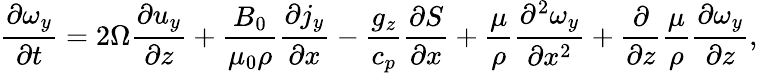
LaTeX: \frac{\partial\omega_{y}}{\partial t}=2\Omega\frac{\partial u_{y}}{\partial z}+\frac{B_{0}}{\mu_{0}\rho}\frac{\partial j_{y}}{\partial x}-\frac{g_{z}}{c_{p}}\frac{\partial S}{\partial x}+\frac{\mu}{\rho}\frac{\partial^{2}\omega_{y}}{\partial x^{2}}+\frac{\partial}{\partial z}\frac{\mu}{\rho}\frac{\partial\omega_{y}}{\partial z},